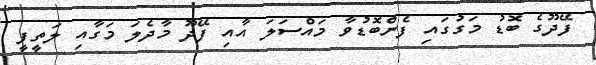
ފޭދޫގެ ބޮޑު މަގުގައި ފެންބޮޑުވާ މައްސަލަ އާއި ފޭދޫ މާދެލަ މަގާއި ލަތީފީ